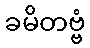
ခမိတဗ္ဗံ